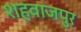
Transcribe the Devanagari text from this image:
शहवाजपुर